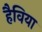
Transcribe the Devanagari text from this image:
हैविया